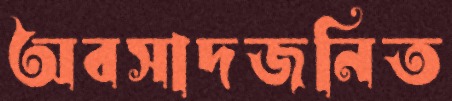
অবসাদজনিত